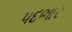
પદભાર